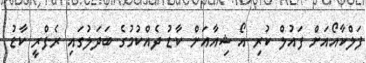
ފަލްކާއޯއަށް ފައުލް ކުރި އޯ ޝިއާއަށް ކާޑު ދެއްކުމުގެ ބަދަލުގައި ރެފްރީ ކާޑު